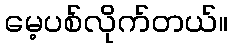
မေ့ပစ်လိုက်တယ်။